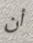
أن